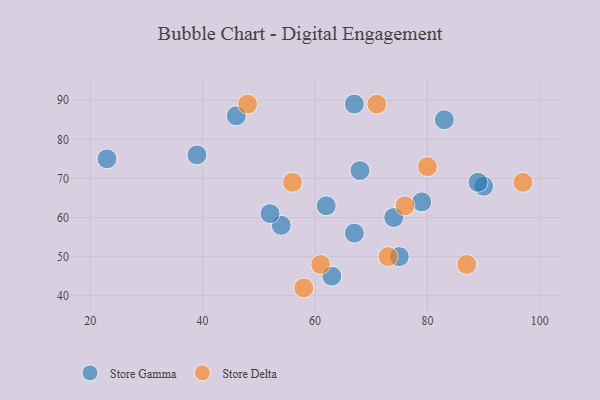
{"axis": {"x": "GDP", "y": "Life Expectancy"}, "legend": ["Store Delta", "Store Gamma"], "data": [{"x": "90", "y": 68, "type": "Store Gamma"}, {"x": "23", "y": 75, "type": "Store Gamma"}, {"x": "62", "y": 63, "type": "Store Gamma"}, {"x": "83", "y": 85, "type": "Store Gamma"}, {"x": "67", "y": 89, "type": "Store Gamma"}, {"x": "39", "y": 76, "type": "Store Gamma"}, {"x": "89", "y": 69, "type": "Store Gamma"}, {"x": "75", "y": 50, "type": "Store Gamma"}, {"x": "67", "y": 56, "type": "Store Gamma"}, {"x": "54", "y": 58, "type": "Store Gamma"}, {"x": "68", "y": 72, "type": "Store Gamma"}, {"x": "52", "y": 61, "type": "Store Gamma"}, {"x": "79", "y": 64, "type": "Store Gamma"}, {"x": "74", "y": 60, "type": "Store Gamma"}, {"x": "46", "y": 86, "type": "Store Gamma"}, {"x": "63", "y": 45, "type": "Store Gamma"}, {"x": "76", "y": 63, "type": "Store Delta"}, {"x": "73", "y": 50, "type": "Store Delta"}, {"x": "58", "y": 42, "type": "Store Delta"}, {"x": "97", "y": 69, "type": "Store Delta"}, {"x": "61", "y": 48, "type": "Store Delta"}, {"x": "56", "y": 69, "type": "Store Delta"}, {"x": "48", "y": 89, "type": "Store Delta"}, {"x": "87", "y": 48, "type": "Store Delta"}, {"x": "71", "y": 89, "type": "Store Delta"}, {"x": "80", "y": 73, "type": "Store Delta"}]}